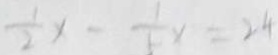
\frac { 1 } { 2 } x - \frac { 1 } { 5 } x = 2 4